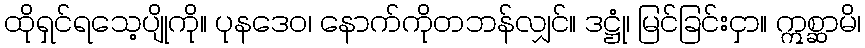
ထိုရှင်ရသေ့ပျိုကို။ ပုနဒေဝ၊ နောက်ကိုတဘန်လျှင်။ ဒဋ္ဌုံ၊ မြင်ခြင်းငှာ။ ဣစ္ဆာမိ၊